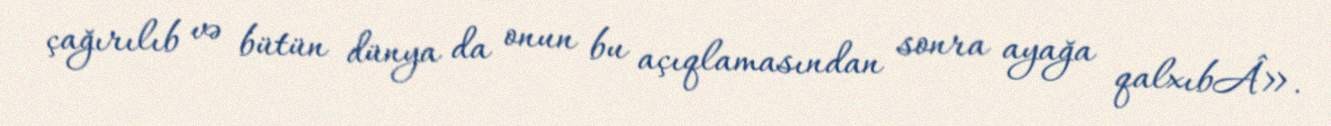
çağırılıb və bütün dünya da onun bu açıqlamasından sonra ayağa qalxıbÂ».